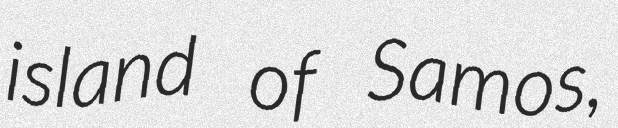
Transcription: island of Samos,